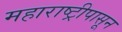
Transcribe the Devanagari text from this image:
महाराष्ट्रीपासून